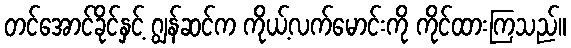
တင်အောင်ခိုင်နှင့် ဂျွန်ဆင်က ကိုယ့်လက်မောင်းကို ကိုင်ထားကြသည်။